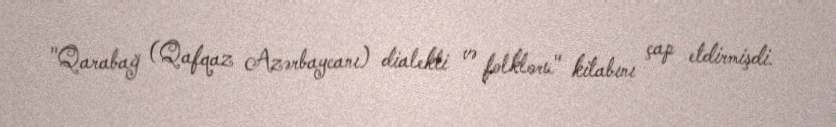
"Qarabağ (Qafqaz Azərbaycanı) dialekti və folkloru" kitabını çap etdirmişdi.